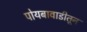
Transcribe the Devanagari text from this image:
पोयबावाडीतून